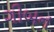
ગીબન